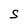
Character: S